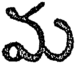
మ